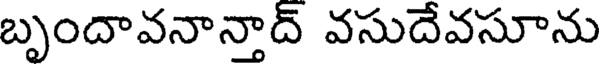
బృందావనాన్తాద్ వసుదేవసూను